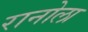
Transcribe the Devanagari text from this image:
रानोला